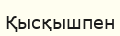
Қысқышпен